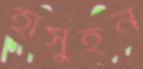
হাসুইন